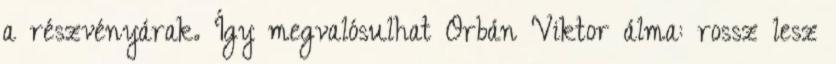
a részvényárak. Így megvalósulhat Orbán Viktor álma: rossz lesz